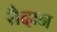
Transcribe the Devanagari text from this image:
सैदान